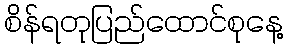
စိန်ရတုပြည်ထောင်စုနေ့